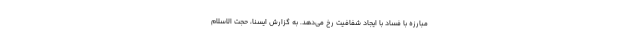
مبارزه با فساد با ایجاد شفافیت رخ می‌دهد. به گزارش ایسنا، حجت الاسلام